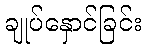
ချုပ်နှောင်ခြင်း